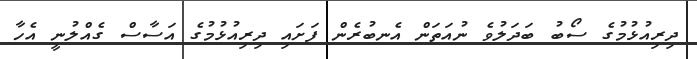
ދިރިއުޅުމުގެ ސޯބު ބަދަލުވެ ނުއަތަން އެނބުރެން ފަށައި ދިރިއުޅުމުގެ އަސާސް ގެއްލުނީ އެހާ